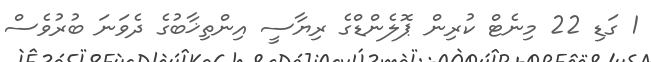
1 ގަޑި 22 މިނެޓް ކުރިން ޕޮލެންޑްގެ ރިޔާސީ އިންތިޚާބުގެ ދެވަނަ ބުރުވެސް